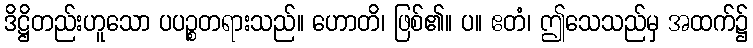
ဒိဋ္ဌိတည်းဟူသော ပပဉ္စတရားသည်။ ဟောတိ၊ ဖြစ်၏။ ပ။ ဧတံ၊ ဤသေသည်မှ အထက်၌